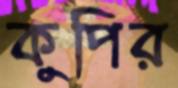
কুপির